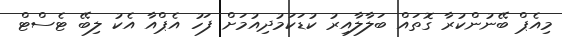
މިއެޕް ބޭނުންކުރާ ގޮތައް ބަލާލާއިރު ކުޑަކަމުދިއުމަށް ފަހު އެޕްއާ އެކު ލިބޭ ޓެސްޓް